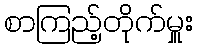
စာကြည့်တိုက်မှူး